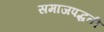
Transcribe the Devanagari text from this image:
समाजपद्धती